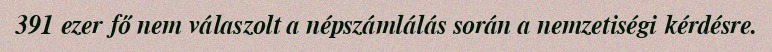
391 ezer fő nem válaszolt a népszámlálás során a nemzetiségi kérdésre.